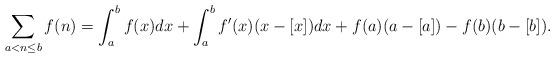
LaTeX: \begin{align*} \sum_{a<n\le b}f(n)=\int_{a}^{b}f(x)dx+\int_{a}^{b}f'(x)(x-[x])dx+f(a)(a-[a])-f(b)(b-[b]). \end{align*}